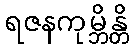
ရဇနကုမ္ဘိန္တိ